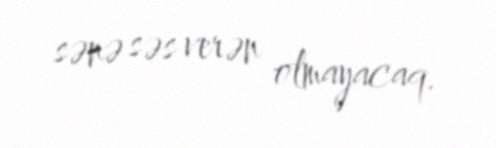
sənə səs verən olmayacaq.